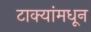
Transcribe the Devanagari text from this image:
टाक्यांमधून